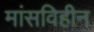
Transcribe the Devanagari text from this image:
मांसविहीन